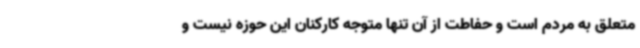
متعلق به مردم است و حفاطت از آن تنها متوجه کارکنان این حوزه نیست و